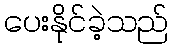
ပေးနိုင်ခဲ့သည်